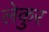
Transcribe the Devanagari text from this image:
लेकुर